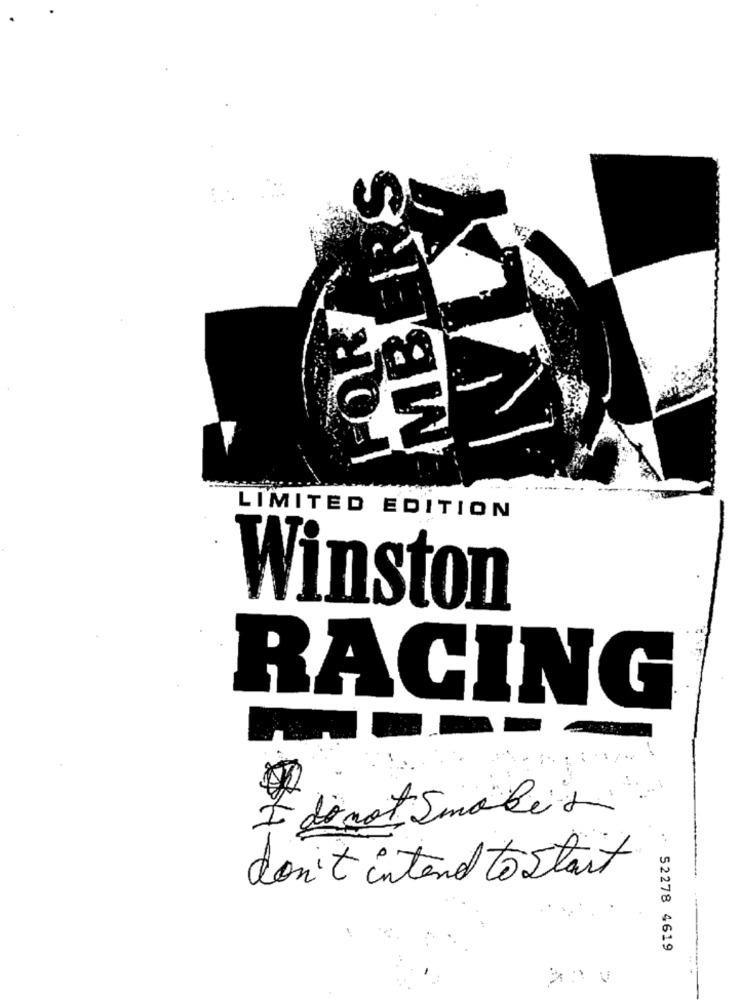
MBERS
LIMITED EDITION
Winston
RACING
I do not Smoke's
don't intend to start
52278 4619